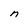
Character: n